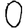
Digit: 0